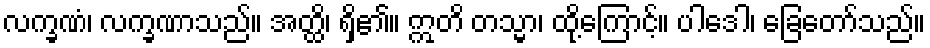
လက္ခဏံ၊ လက္ခဏာသည်။ အတ္ထိ၊ ရှိ၏။ ဣတိ တသ္မာ၊ ထို့ကြောင့်။ ပါဒေါ၊ ခြေတော်သည်။